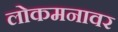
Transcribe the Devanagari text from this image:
लोकमनावर